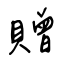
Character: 贈